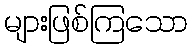
များဖြစ်ကြသော